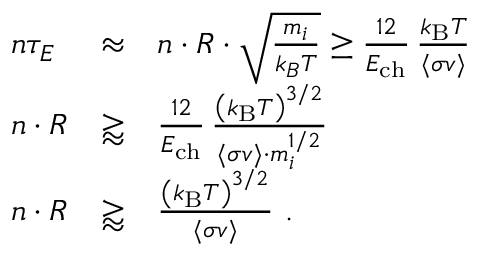
{ \begin{array} { l l l } { n \tau _ { E } } & { \approx } & { n \cdot R \cdot { \sqrt { \frac { m _ { i } } { k _ { B } T } } } \geq { \frac { 1 2 } { E _ { \mathrm { { c h } } } } } \, { \frac { k _ { \mathrm { { B } } } T } { \langle \sigma v \rangle } } } \\ { n \cdot R } & { \gtrapprox } & { { \frac { 1 2 } { E _ { \mathrm { { c h } } } } } \, { \frac { \left( k _ { \mathrm { { B } } } T \right) ^ { 3 / 2 } } { \langle \sigma v \rangle \cdot m _ { i } ^ { 1 / 2 } } } } \\ { n \cdot R } & { \gtrapprox } & { { \frac { \left( k _ { \mathrm { { B } } } T \right) ^ { 3 / 2 } } { \langle \sigma v \rangle } } { \mathrm { ~ . } } } \end{array} }